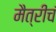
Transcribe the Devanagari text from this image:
मैत्रीचं